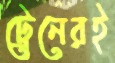
ট্রেনেরই